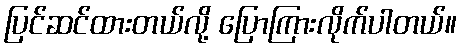
ပြင်ဆင်ထားတယ်လို့ ပြောကြားလိုက်ပါတယ်။